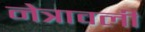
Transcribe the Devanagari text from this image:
नेत्रावली